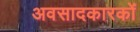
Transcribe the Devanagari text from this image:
अवसादकारकों